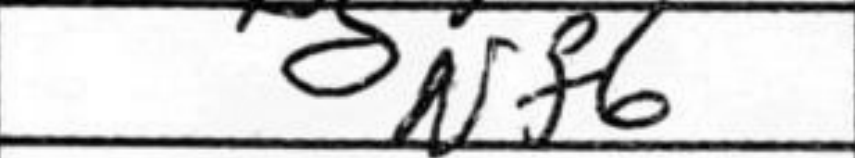
Transcription: Nf6